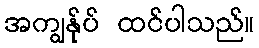
အကျွန်ုပ် ထင်ပါသည်။